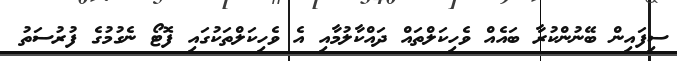
ސިފައިން ބޭނުންކުރާ ބައެއް ވެހިކަލްތައް ދައްކާލުމާއި އެ ވެހިކަލްތަކުގައި ފޮޓޯ ނެގުމުގެ ފުރުސަތު